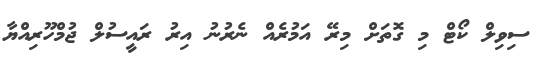
ސިވިލް ކޯޓް މި ގޮތަށް މިރޭ އަމުރެއް ނެރުނު އިރު ރައީސުލް ޖުމްހޫރިއްޔާ